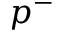
p ^ { - }